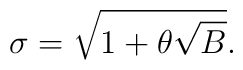
\sigma=\sqrt{1+\theta\sqrt{B}}.